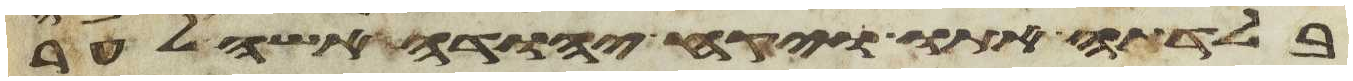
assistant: בלדתה אתו ויקח יהודה אשה לער